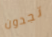
تجدون